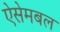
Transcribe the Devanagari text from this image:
ऐसेमबल